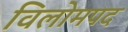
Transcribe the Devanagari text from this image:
विलोमपद